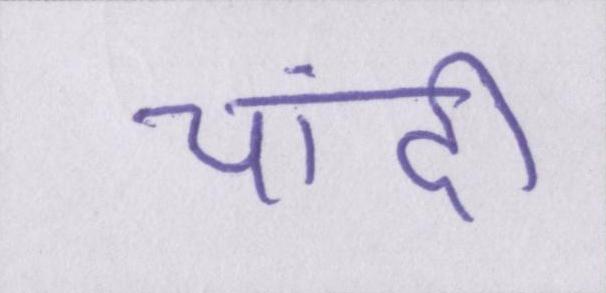
चांदी